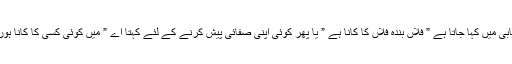
پنجابی میں کہا جاتا ہے ” فلاں بندہ فلاں کا کانا ہے ” یا پھر کوئی اپنی صفائی پیش کرنے کے لئے کہتا اے ” میں کوئی کسی کا کانا ہوں” ۔